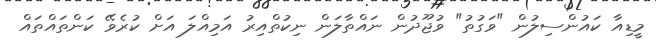
މީޑިއާ ކައުންސިލުން "ވަގުތު" ވުޖޫދުން ނައްތާލަން ނިކުތްއިރު އަމިއްލަ އަށް ކުރެވޭ ކަންތައްތައް